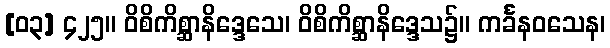
[၀၃] ၄၂၅။ ဝိစိကိစ္ဆာနိဒ္ဒေသေ၊ ဝိစိကိစ္ဆာနိဒ္ဒေသ၌။ ကင်္ခနဝသေန၊